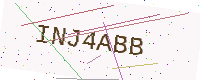
Text: INJ4ABB